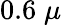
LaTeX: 0.6\; \mu